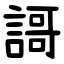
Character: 謌